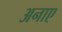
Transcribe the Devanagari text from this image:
अनाए